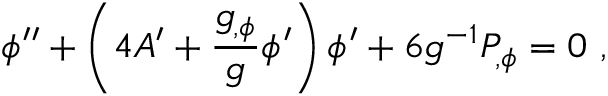
\phi ^ { \prime \prime } + \left( 4 A ^ { \prime } + { \frac { g _ { , \phi } } { g } } \phi ^ { \prime } \right) \phi ^ { \prime } + 6 g ^ { - 1 } P _ { , \phi } = 0 \ ,